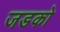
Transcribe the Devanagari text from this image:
जडको